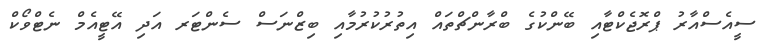
ސީއެސްއާރު ޕްރޮޖެކްޓާއި ބޭންކުގެ ބްރާންޗްތައް އިތުރުކުރުމާއި ބިޒްނަސް ސެންޓަރ އަދި އޭޓީއެމް ނެޓްވޯކް